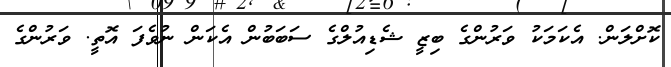
ކޮށްލަން. އެކަމަކު ވަރުންގެ ބިޒީ ޝެޑިއުލްގެ ސަބަބުން އެކަން ނުވެފަ އޮތީ. ވަރުންގެ